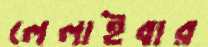
লেলাইবার